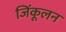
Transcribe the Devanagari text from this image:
जिंकूलन